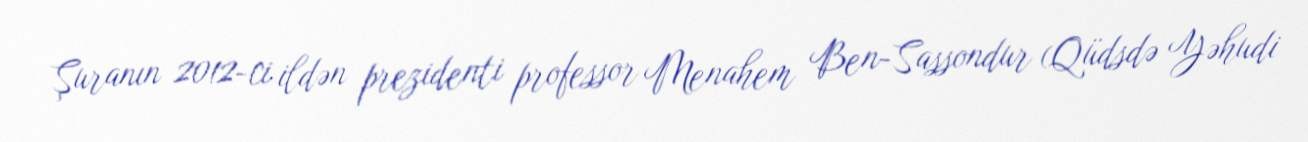
Şuranın 2012-ci ildən prezidenti professor Menahem Ben-Sassondur (Qüdsdə Yəhudi